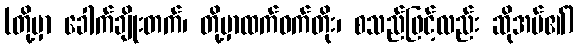
(တို့မှာ ခေါက်ချိုးတက်၊ တို့မှာထက်ဝက်တိုး၊ စသည်ဖြင့်လည်း ဆိုအပ်၏)